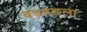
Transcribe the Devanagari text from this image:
बडबडला